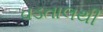
વડતાલથી